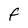
Character: f